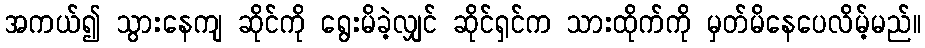
အကယ်၍ သွားနေကျ ဆိုင်ကို ရွေးမိခဲ့လျှင် ဆိုင်ရှင်က သားထိုက်ကို မှတ်မိနေပေလိမ့်မည်။